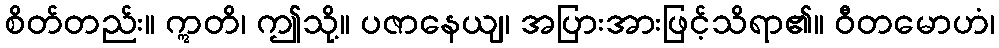
စိတ်တည်း။ ဣတိ၊ ဤသို့။ ပဇာနေယျ၊ အပြားအားဖြင့်သိရာ၏။ ဝီတမောဟံ၊